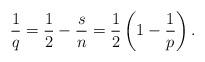
LaTeX: \begin{align*}\frac{1}{q} = \frac{1}{2} - \frac{s}{n} = \frac{1}{2}\left( 1-\frac{1}{p}\right).\end{align*}